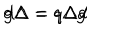
LaTeX: d \Delta = q \Delta d \hspace { 3 c m } g \Delta = q \Delta g